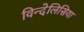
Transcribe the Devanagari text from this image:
विन्देलिसिया